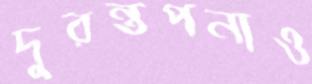
দুরন্তপনাও